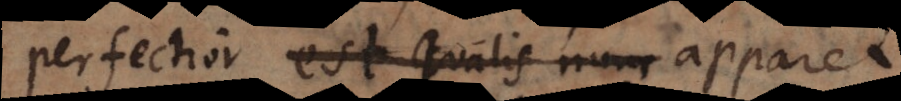
perfectior est qualis nunc sese